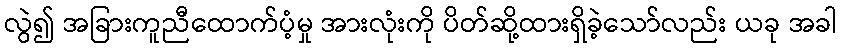
လွဲ၍ အခြားကူညီထောက်ပံ့မှု အားလုံးကို ပိတ်ဆို့ထားရှိခဲ့သော်လည်း ယခု အခါ